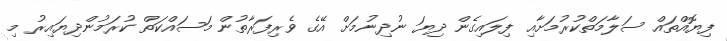
ފިޔޮއްތައް ސަލާމަތްކުރުމަށާއި ފިލައިގެން ދިޔަ ނުދިނުމަށް އޭގެ ވެރިފަރާތުން މަސައްކަތް ކުރަމުންދިޔައިރު މި